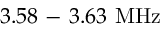
3 . 5 8 \mathrm { ~ - ~ } 3 . 6 3 ~ \mathrm { M H z }